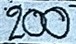
200